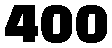
400